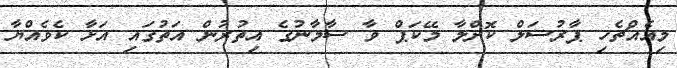
މިއެއްޗެހި ޕާރުސަލް ކޮށްލާ މޭކަޕް ވާ ސާމާނުގެ އިތުރުން އަތުގައި އަޅާ ކެވެއްޔާ